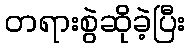
တရားစွဲဆိုခဲ့ပြီး